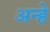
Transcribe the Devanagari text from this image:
अन्हे